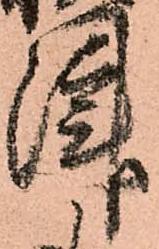
津